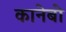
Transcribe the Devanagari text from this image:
कानेबो